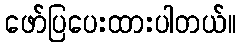
ဖော်ပြပေးထားပါတယ်။